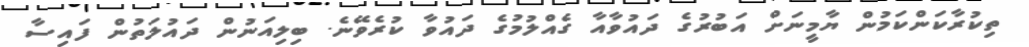
ތިކުރާކަންކަމުން ޔާމީނަށް އަބުރުގެ ދައުވާއާ ގެއްލުމުގެ ދައުވާ ކުރެވޭނެ. ބިލިއަނުން ދައުލަތުން ފައިސާ